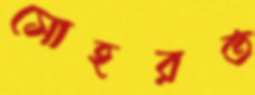
সোহরত